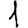
Digit: 1